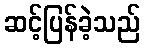
ဆင့်ပြန်ခဲ့သည်